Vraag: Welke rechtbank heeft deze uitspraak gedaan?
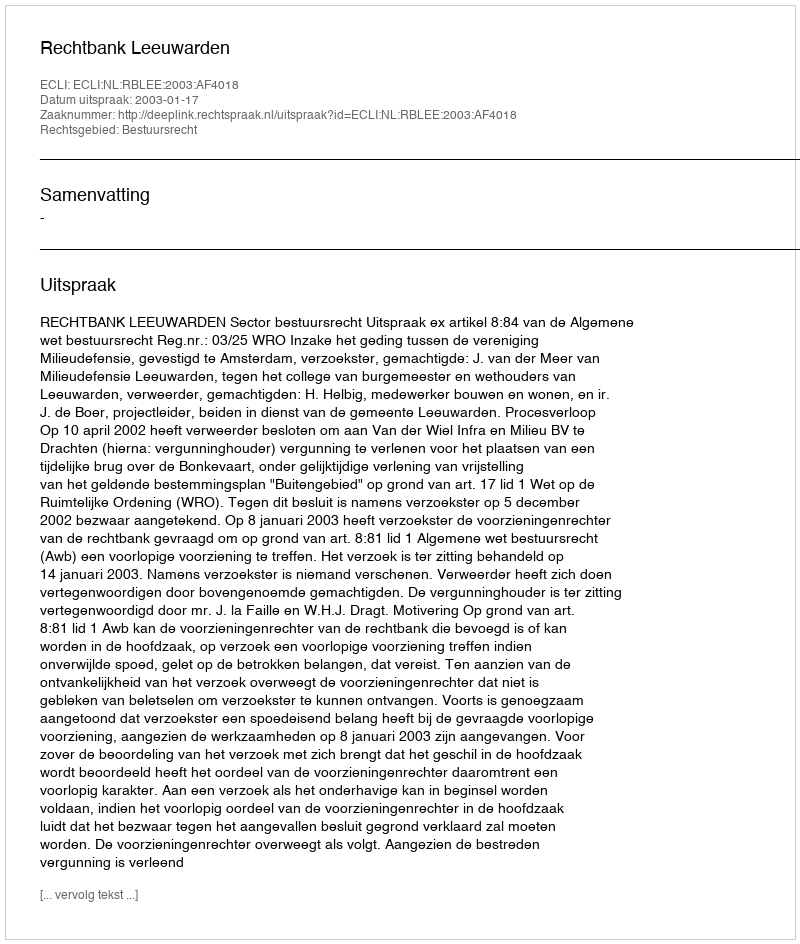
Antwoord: Rechtbank Leeuwarden